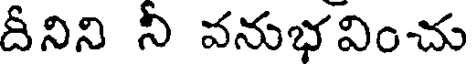
దీనిని నీ వనుభవించు